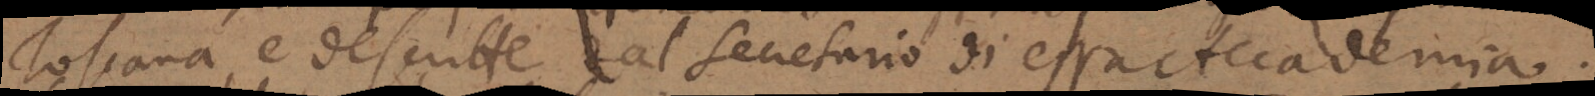
Toscana, e descritte dal Secretario di essa Accademia